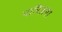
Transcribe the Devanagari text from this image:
पारिज़गा